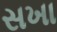
સખા